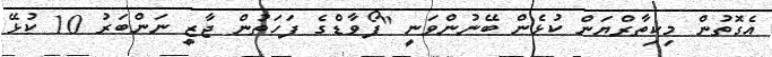
އެގޮތުން މިކިތާރްޔަން ކުޅެން ބޭނުންވަނީ "ފޯވާޑްގެ ފަހަތުން ޖާޒީ ނަންބަރު 10 ކުޅޭ